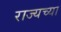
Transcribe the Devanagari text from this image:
राज्यच्या